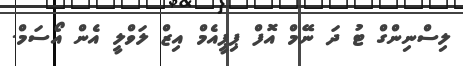
ލިސްނިންގް ޓު ދަ ނޭމް އޮފް ޕިޕީއެމް އިޒް ލަވްލީ އެން އޯސަމް.